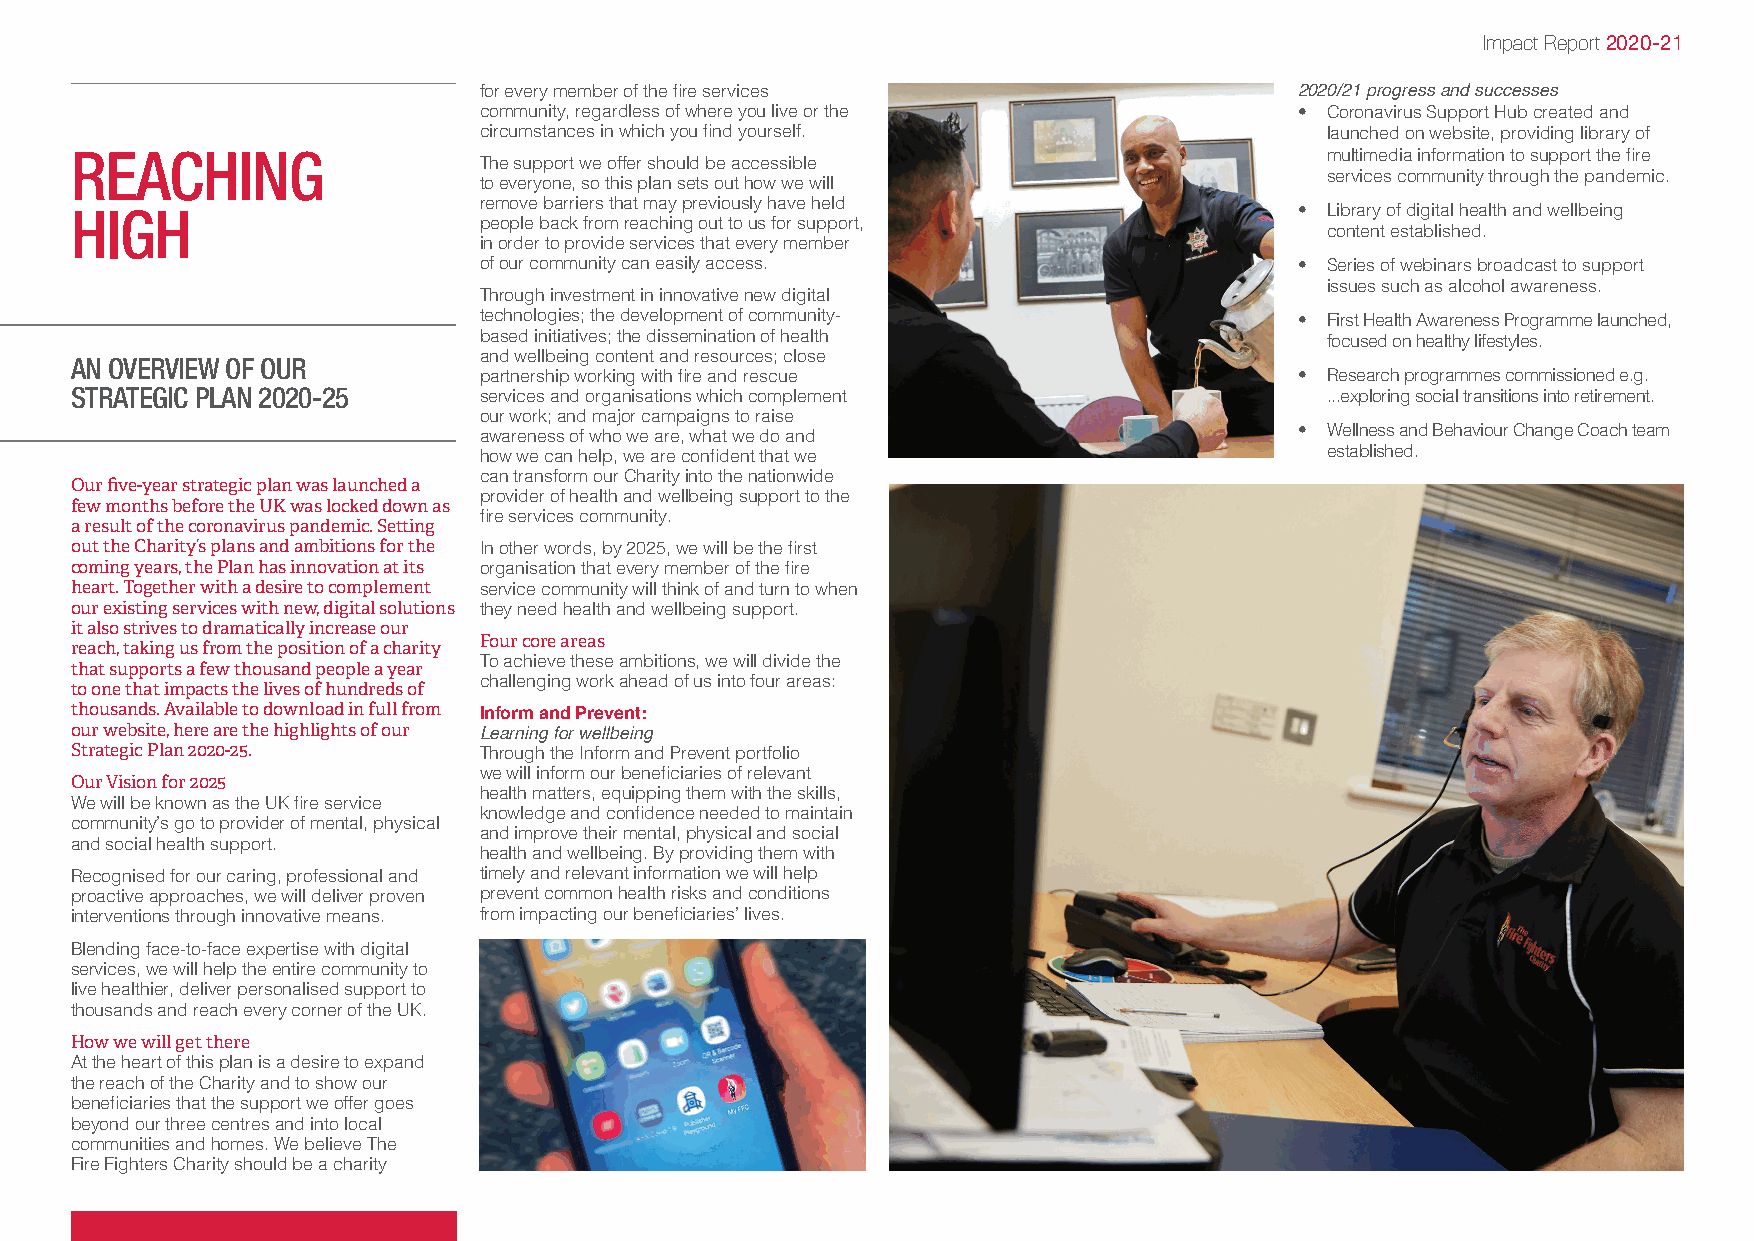
Impact Report 2020-21
 for every member of the fire services                 2020/21 progress and successes
 community, regardless of where you live or the        • C oronavirus Support Hub created and
 circumstances in which you find yourself.               launched on website, providing library of
 REACHING                                                                           multimedia information to support the fire
 The support we offer should be accessible
 services community through the pandemic.
 to everyone, so this plan sets out how we will
 remove barriers that may previously have held
 HIGH                                                                             • L ibrary of digital health and wellbeing
 people back from reaching out to us for support,
 content established.
 in order to provide services that every member
 of our community can easily access.                   • S eries of webinars broadcast to support
 issues such as alcohol awareness.
 Through investment in innovative new digital
 technologies; the development of community-           • F irst Health Awareness Programme launched,
 based initiatives; the dissemination of health          focused on healthy lifestyles.
 AN OVERVIEW OF OUR         and wellbeing content and resources; close
 partnership working with fire and rescue              • R esearch programmes commissioned e.g.
 STRATEGIC PLAN 2020-25     services and organisations which complement             ...exploring social transitions into retirement.
 our work; and major campaigns to raise
 • W ellness and Behaviour Change Coach team
 awareness of who we are, what we do and
 how we can help, we are confident that we               established.
 can transform our Charity into the nationwide
 Our five-year strategic plan was launched a
 provider of health and wellbeing support to the
 few months before the UK was locked down as
 fire services community.
 a result of the coronavirus pandemic. Setting
 out the Charity’s plans and ambitions for the In other words, by 2025, we will be the first
 coming years, the Plan has innovation at its organisation that every member of the fire
 heart. Together with a desire to complement service community will think of and turn to when
 our existing services with new, digital solutions they need health and wellbeing support.
 it also strives to dramatically increase our
 reach, taking us from the position of a charity
 Four core areas
 To achieve these ambitions, we will divide the
 that supports a few thousand people a year
 challenging work ahead of us into four areas:
 to one that impacts the lives of hundreds of
 thousands. Available to download in full from
 Inform and Prevent:
 our website, here are the highlights of our
 Learning for wellbeing
 Strategic Plan 2020-25.    Through the Inform and Prevent portfolio
 we will inform our beneficiaries of relevant
 Our Vision for 2025
 health matters, equipping them with the skills,
 We will be known as the UK fire service
 knowledge and confidence needed to maintain
 community’s go to provider of mental, physical
 and improve their mental, physical and social
 and social health support.
 health and wellbeing. By providing them with
 Recognised for our caring, professional and timely and relevant information we will help
 proactive approaches, we will deliver proven prevent common health risks and conditions
 interventions through innovative means. from impacting our beneficiaries’ lives.
 Blending face-to-face expertise with digital
 services, we will help the entire community to
 live healthier, deliver personalised support to
 thousands and reach every corner of the UK.
 How we will get there
 At the heart of this plan is a desire to expand
 the reach of the Charity and to show our
 beneficiaries that the support we offer goes
 beyond our three centres and into local
 communities and homes. We believe The
 Fire Fighters Charity should be a charity